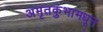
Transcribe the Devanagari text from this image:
अमृतकुंभामधून